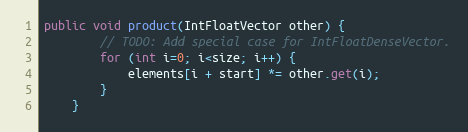
Language: Java
public void product(IntFloatVector other) {
        // TODO: Add special case for IntFloatDenseVector.
        for (int i=0; i<size; i++) {
            elements[i + start] *= other.get(i);
        }
    }